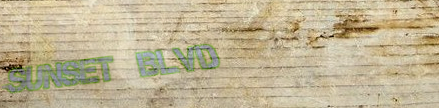
Sunset Blvd